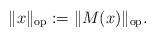
LaTeX: \begin{align*}\|x\|_{\textup{op}} := \|M(x)\|_{\textup{op}}.\end{align*}